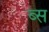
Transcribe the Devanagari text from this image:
ब्स